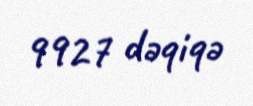
9927 dəqiqə